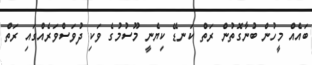
ބައެއް މީހުން ބުނާގޮތުން ރަތް ކަނޑޭ ކިޔެނީ މޫސުމުގެ ވަކި ދުވަސްވަރެއްގައި ރަތް